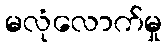
မလုံလောက်မှု